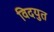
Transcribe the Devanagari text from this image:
विदयुत